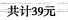
共计39元